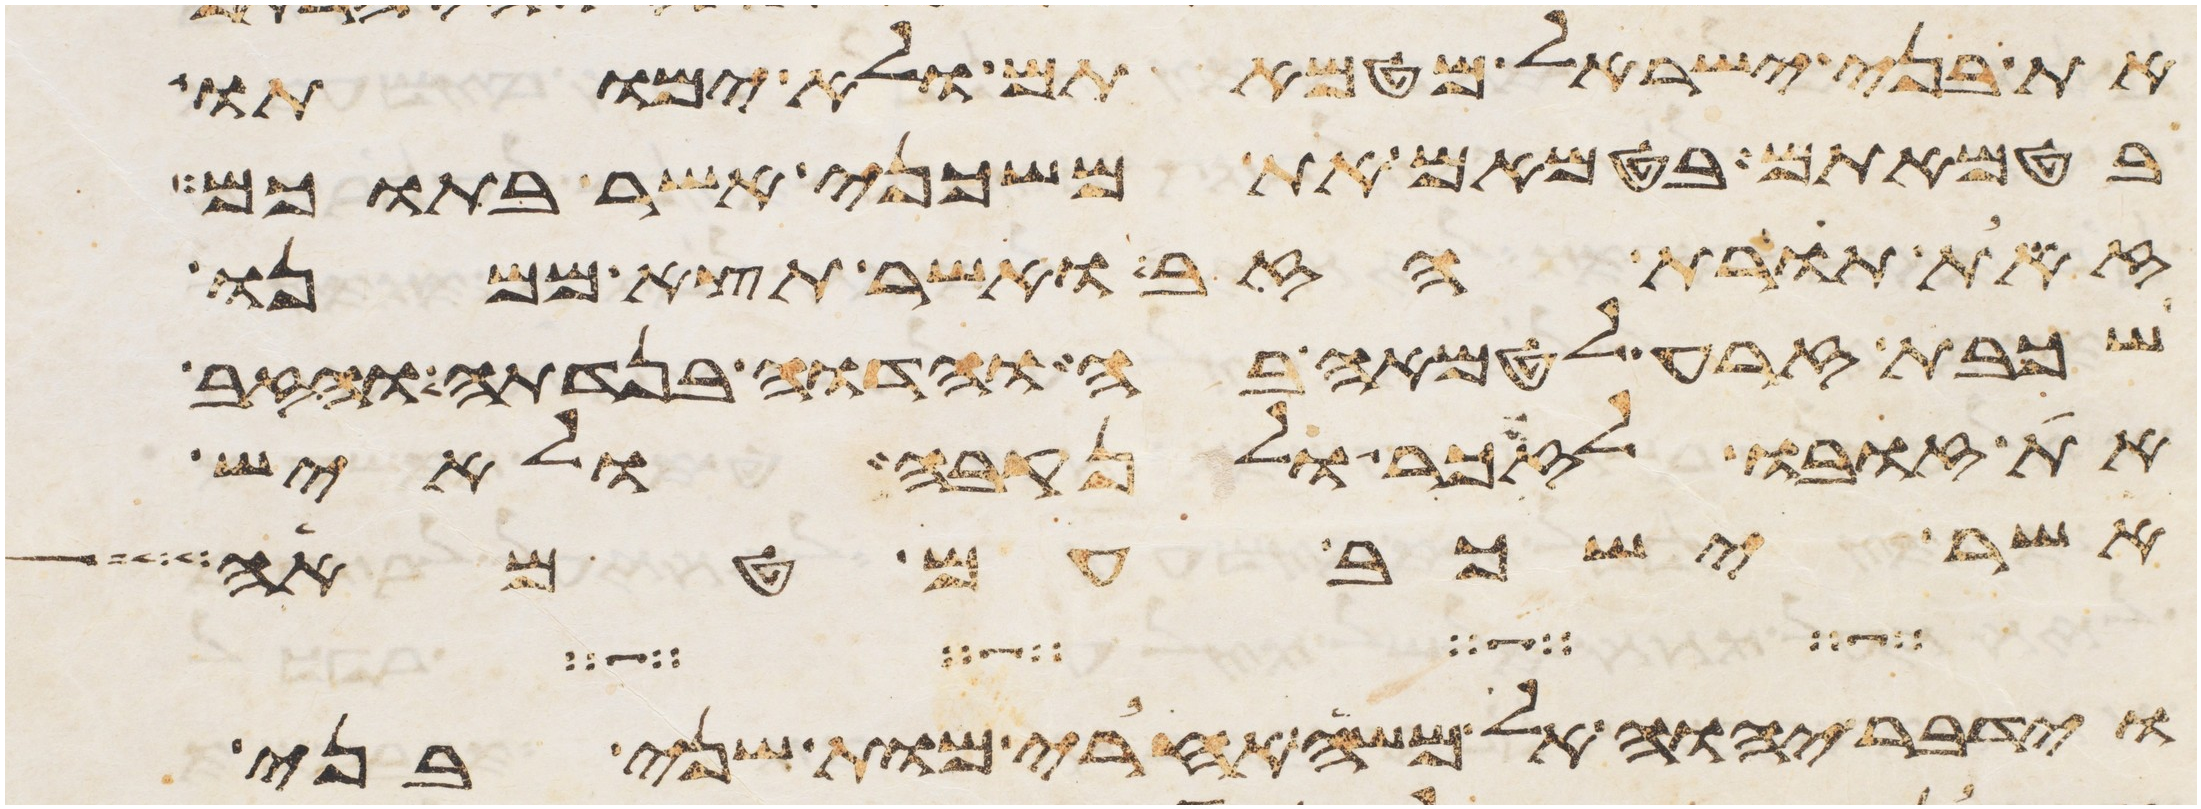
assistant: את בני ישראל מטמאתם ולא ימותו
בטמאתם בטמאם את משכני אשר בתוכם
זאת תורת הזב ואשר תצא ממנו
שכבת זרע לטמאה בה והדוה בנדתה והזב
את זובו לזכר ולנקבה ולאיש
אשר ישכב עם טמאה
וידבר יהוה אל משה אחרי מות שני בני